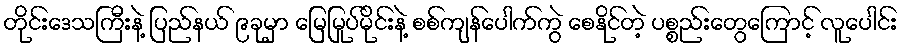
တိုင်းဒေသကြီးနဲ့ ပြည်နယ် ၉ခုမှာ မြေမြုပ်မိုင်းနဲ့ စစ်ကျန်ပေါက်ကွဲ စေနိုင်တဲ့ ပစ္စည်းတွေကြောင့် လူပေါင်း